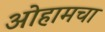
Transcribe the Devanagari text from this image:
ओहामचा